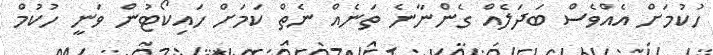
ހުކުމަށް އެއްވެސް ބަދަލެއް ގެންނާނެ ތަނެއް ނެތް ކަމަށް ހައިކޯޓުން ވަނީ ހުކުމް